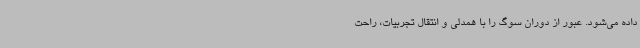
داده می‌شود. عبور از دوران سوگ را با همدلی و انتقال تجربیات، راحت